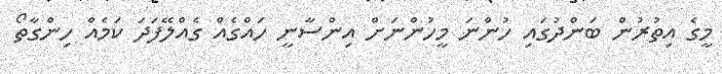
މީގެ އިތުރުން ބަންދުގައި ހުންނަ މީހުންނަށް އިންސާނީ ހައްގެއް ގެއްލޭފަދަ ކަމެއް ހިންގާތޯ